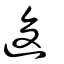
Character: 逡